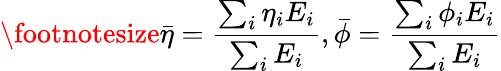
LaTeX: \footnotesize\bar{\eta}=\frac{\sum_{i}\eta_{i}E_{i}}{\sum_{i}E_{i}},\bar{\phi}=\frac{\sum_{i}\phi_{i}E_{i}}{\sum_{i}E_{i}}